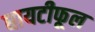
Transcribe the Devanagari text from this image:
धायटीफूल